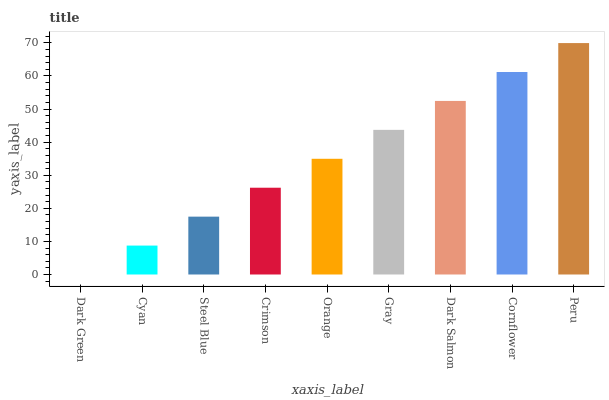
| xaxis_label | bars |
 | --- | --- |
 | Dark Green | 0 |
 | Cyan | 8.74 |
 | Steel Blue | 17.5 |
 | Crimson | 26.2 |
 | Orange | 35 |
 | Gray | 43.7 |
 | Dark Salmon | 52.5 |
 | Cornflower | 61.2 |
 | Peru | 69.9 |